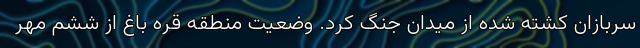
سربازان کشته شده از میدان جنگ کرد. وضعیت منطقه قره باغ از ششم مهر